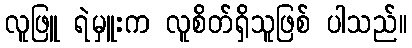
လူဖြူ ရဲမှူးက လူစိတ်ရှိသူဖြစ် ပါသည်။